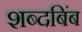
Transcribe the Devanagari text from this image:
शब्दबिंब